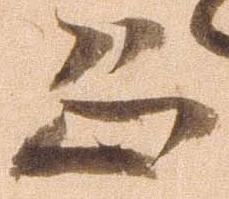
恐